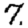
Digit: 7